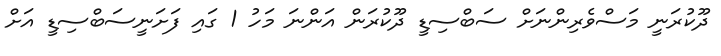
ދޫކުރަނީ މަސްވެރިންނަށް ސަބްސިޑީ ދޫކުރަން އަންނަ މަހު 1 ގައި ފަށަނީސަބްސިޑީ އަށް